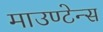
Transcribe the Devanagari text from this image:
माउण्टेन्स